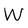
Character: W